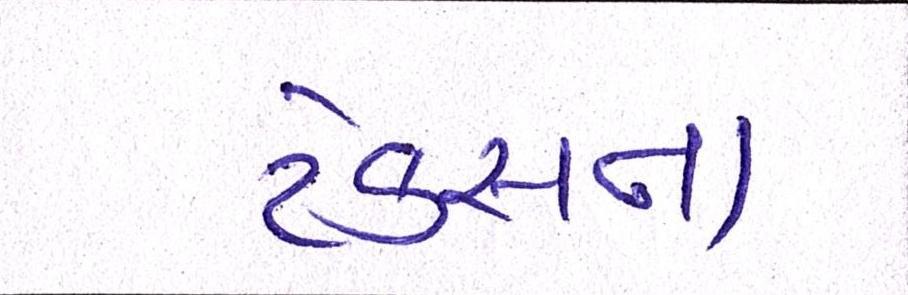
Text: ટેક્સના